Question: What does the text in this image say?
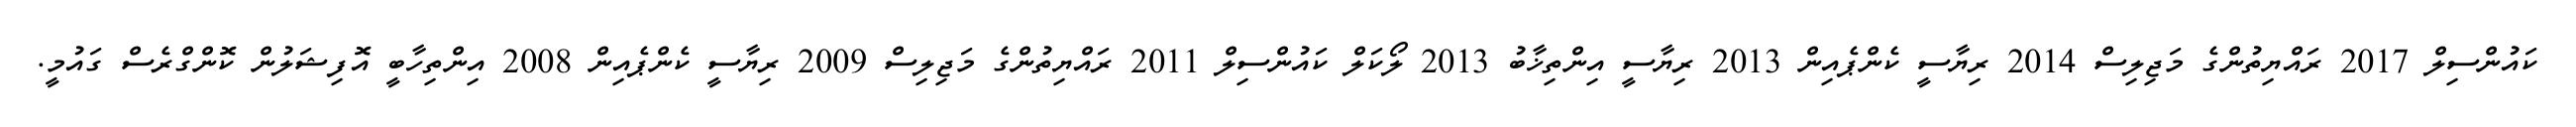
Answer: ކައުންސިލް 2017 ރައްޔިތުންގެ މަޖިލިސް 2014 ރިޔާސީ ކެންޕެއިން 2013 ރިޔާސީ އިންތިޚާބު 2013 ލޯކަލް ކައުންސިލް 2011 ރައްޔިތުންގެ މަޖިލިސް 2009 ރިޔާސީ ކެންޕެއިން 2008 އިންތިހާބީ އޮފިޝަލުން ކޮންގްރެސް ގައުމީ.